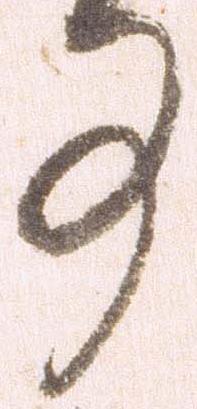
事